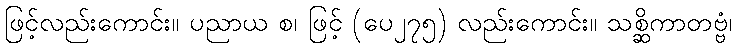
ဖြင့်လည်းကောင်း။ ပညာယ စ၊ ဖြင့် (ပေ၂၇၅) လည်းကောင်း။ သစ္ဆိကာတဗ္ဗံ၊